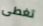
تغطى